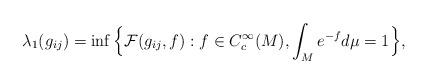
LaTeX: \begin{align*} \lambda_1 ( g_{ij}) = \inf \Big\{ \mathcal{F} (g_{ij}, f ) : f \in C_c^\infty (M) , \int_M e^{ - f} d \mu = 1 \Big\}, \end{align*}